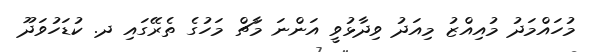
މުހައްމަދު މުއިއްޒު މިއަދު ވިދާޅުވީ އަންނަ މާޗް މަހުގެ ތެރޭގައި ދ. ކުޑަހުވަދޫ